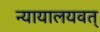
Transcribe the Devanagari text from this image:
न्यायालयवत्